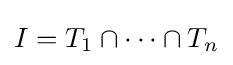
I=T_{1}\cap \dots \cap T_{n}